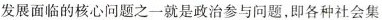
发展面临的核心问题之一就是政治参与问题，即各种社会集